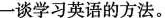
一谈学习英语的方法。